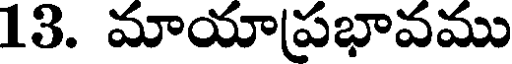
13. మాయా(ప్రభావము